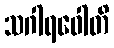
သဂါရဝေါတိ